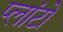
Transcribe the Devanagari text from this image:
प्‍लांटो